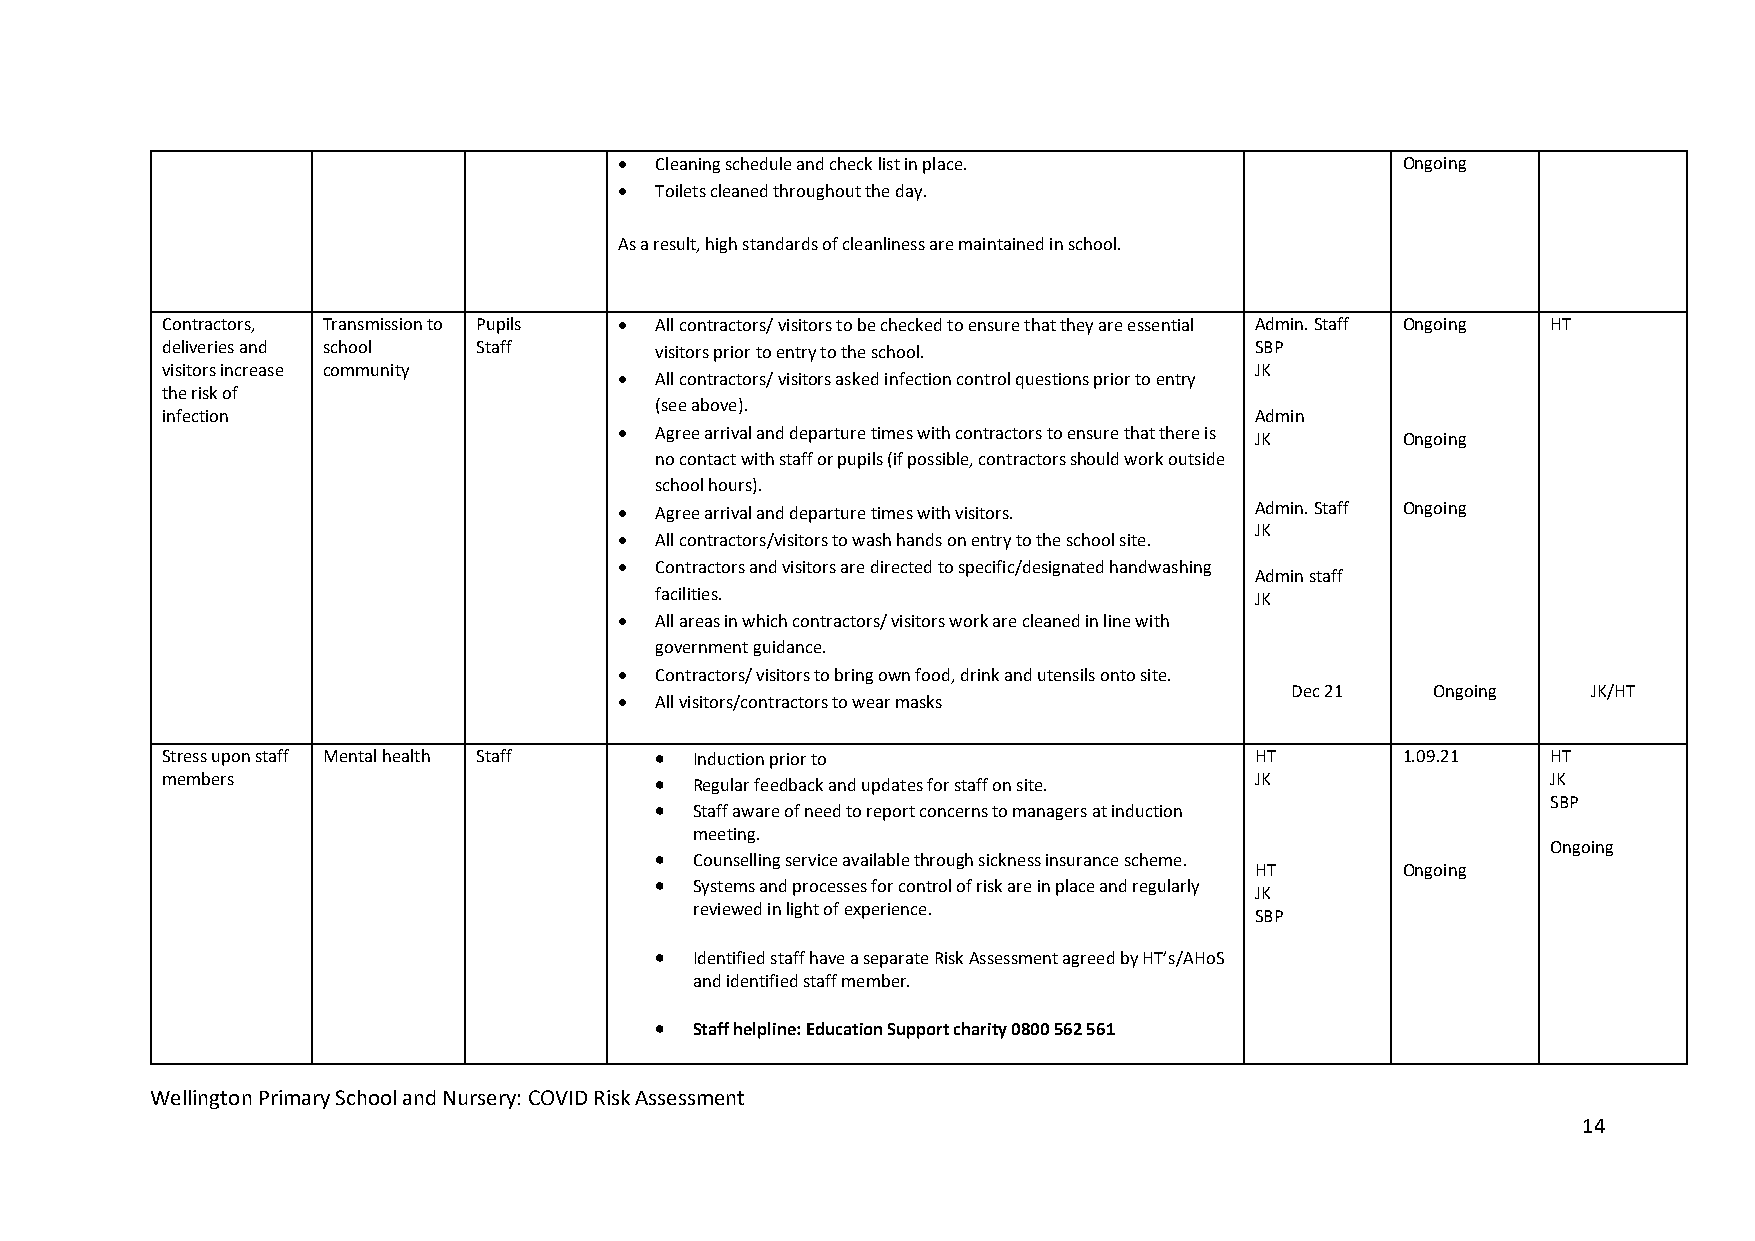
 Cleaning schedule and check list in place.        Ongoing
  Toilets cleaned throughout the day.
 As a result, high standards of cleanliness are maintained in school.
 Contractors, Transmission to Pupils  All contractors/ visitors to be checked to ensure that they are essential Admin. Staff Ongoing HT
 deliveries and school Staff     visitors prior to entry to the school.  SBP
 visitors increase community                                             JK
  All contractors/ visitors asked infection control questions prior to entry
 the risk of
 (see above).
 infection                                                               Admin
  Agree arrival and departure times with contractors to ensure that there is JK Ongoing
 no contact with staff or pupils (if possible, contractors should work outside
 school hours).
  Agree arrival and departure times with visitors. Admin. Staff Ongoing
 JK
  All contractors/visitors to wash hands on entry to the school site.
  Contractors and visitors are directed to specific/designated handwashing
 Admin staff
 facilities.                             JK
  All areas in which contractors/ visitors work are cleaned in line with
 government guidance.
  Contractors/ visitors to bring own food, drink and utensils onto site.
 Dec 21    Ongoing   JK/HT
  All visitors/contractors to wear masks
 Stress upon staff Mental health Staff  Induction prior to              HT        1.09.21   HT
 members                           Regular feedback and updates for staff on site. JK       JK
 SBP
   Staff aware of need to report concerns to managers at induction
 meeting.
 Ongoing
   Counselling service available through sickness insurance scheme.
 HT        Ongoing
   Systems and processes for control of risk are in place and regularly
 JK
 reviewed in light of experience.
 SBP
   Identified staff have a separate Risk Assessment agreed by HT’s/AHoS
 and identified staff member.
   Staff helpline: Education Support charity 0800 562 561
 Wellington Primary School and Nursery: COVID Risk Assessment
 14